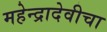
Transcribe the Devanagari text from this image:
महेन्द्रादेवीचा